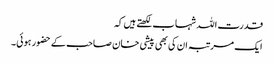
قدرت اللہ شہاب لکھتے ہیں کہ
ایک مرتبہ ان کی بھی پیشی خان صاحب کے حضور ہوئی۔